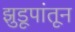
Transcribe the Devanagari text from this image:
झुडूपांतून